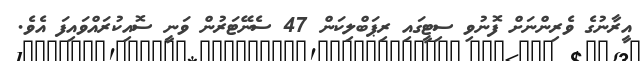
އީރާނުގެ ވެރިންނަށް ފޮނުވި ސިޓީގައި ރިޕަބްލިކަން 47 ސެނޭޓަރުން ވަނީ ސޮއިކުރައްވައިފަ އެވެ.